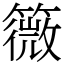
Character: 䉠